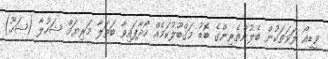
ވީޑިއޯ ލަވަތަކުން ބެލުންތެރިންގެ ބޮޑު މަޤްބޫލުކަމެއް ހޯދާފައިވާ ބަތަލާ މަރިޔަމް ޝަހުލާ (ޝަހޫ)